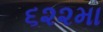
૬૨૨મા